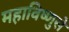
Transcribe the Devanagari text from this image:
महाविष्णुसे